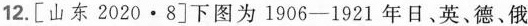
12.[山东2020·8]下图为1906-1921年日。英、德、俄